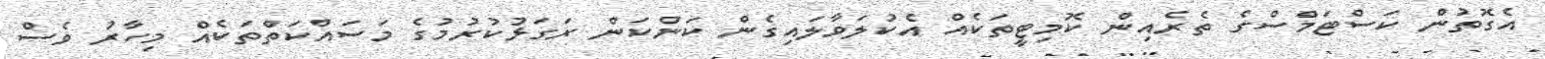
އެގޮތުން ކަސްޓަމްސްގެ ތެރެއިން ކޮމިޓީތަކެއް އެކުލަވާލައިގެން ކަންކަން ރަގަޅުކުރުމުގެ މަސައްކަތްތަކެއް މިހާރު ވެސް